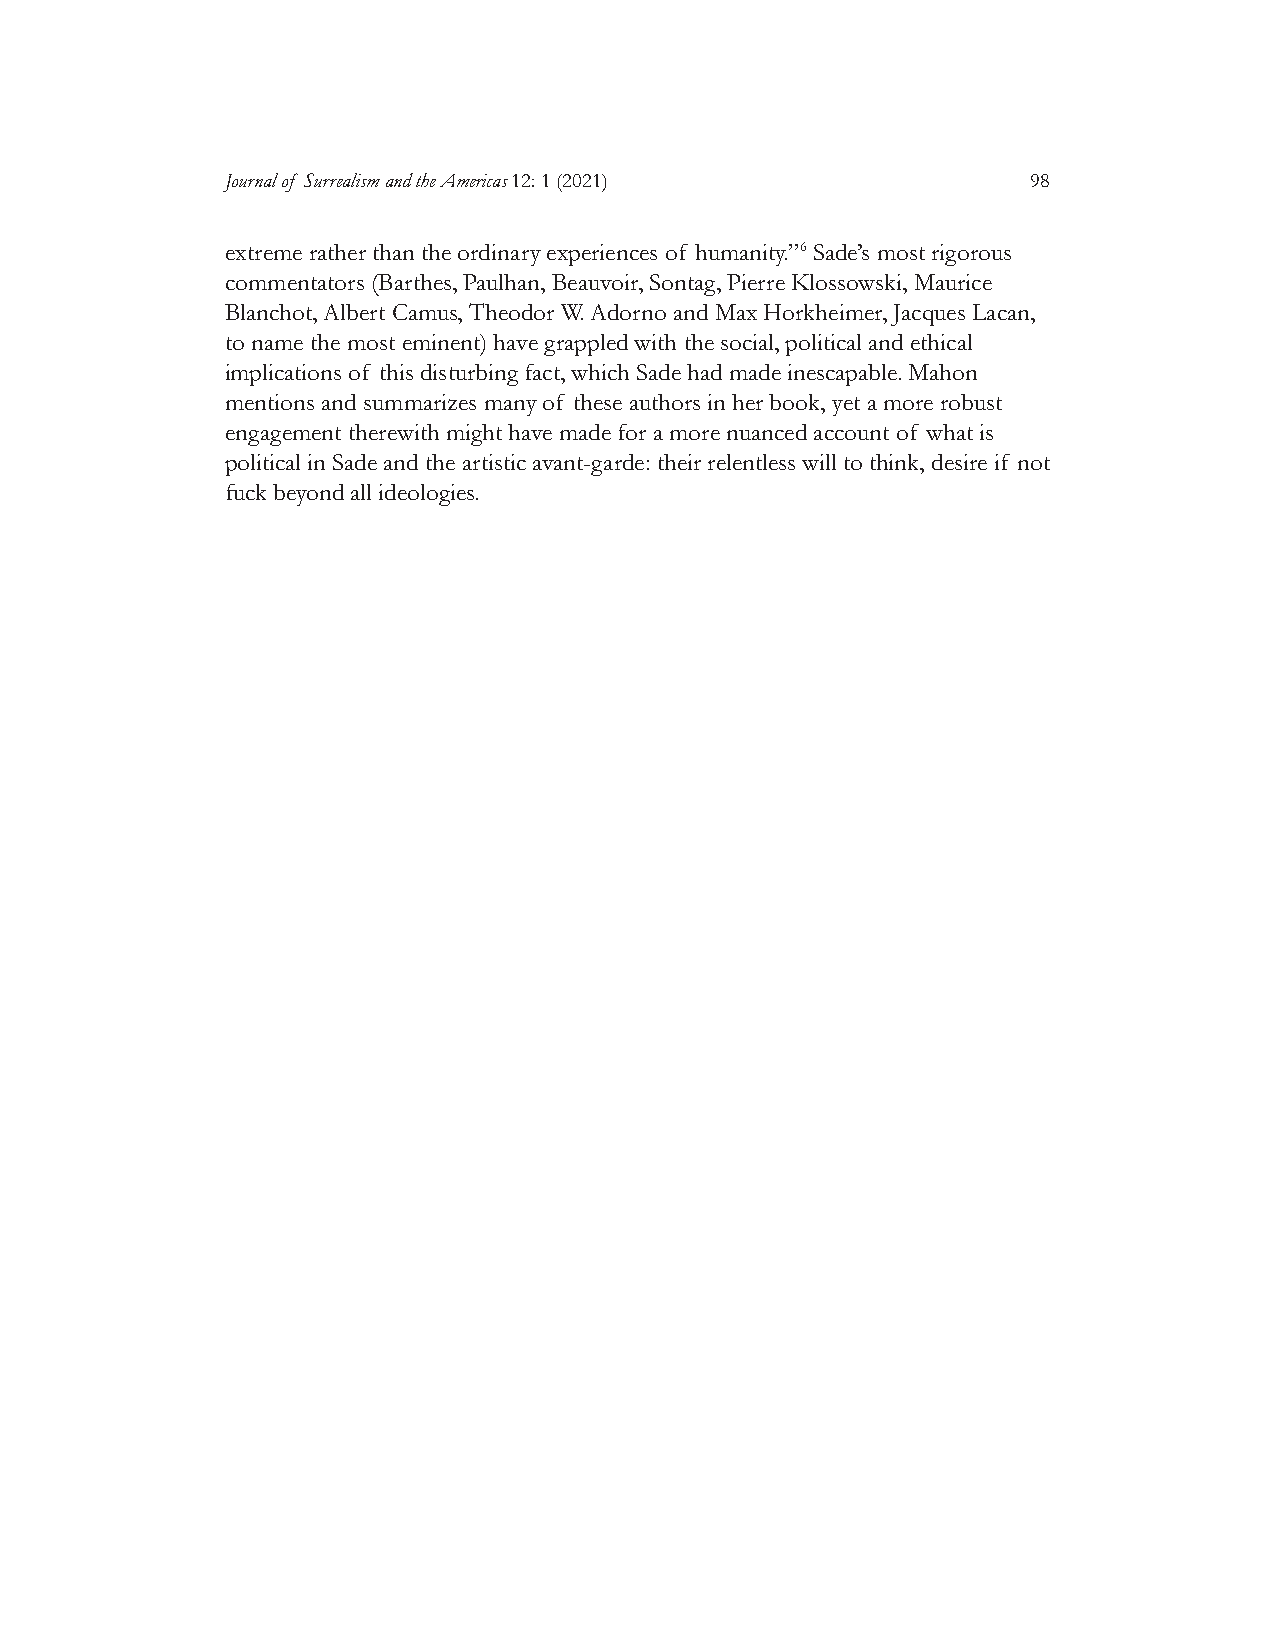
Journal of Surrealism and the Americas 12: 1 (2021)  98
 extreme rather than the ordinary experiences of humanity.”6 Sade’s most rigorous
 commentators (Barthes, Paulhan, Beauvoir, Sontag, Pierre Klossowski, Maurice
 Blanchot, Albert Camus, Theodor W. Adorno and Max Horkheimer, Jacques Lacan,
 to name the most eminent) have grappled with the social, political and ethical
 implications of this disturbing fact, which Sade had made inescapable. Mahon
 mentions and summarizes many of these authors in her book, yet a more robust
 engagement therewith might have made for a more nuanced account of what is
 political in Sade and the artistic avant-garde: their relentless will to think, desire if not
 fuck beyond all ideologies.